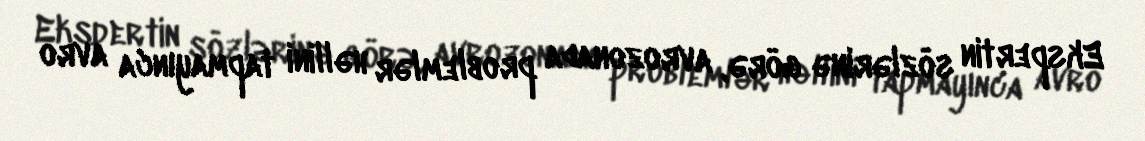
Ekspertin sözlərinə görə, avrozonada problemlər həllini tapmayınca avro